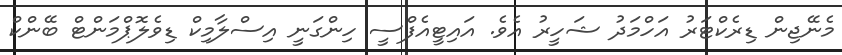
މެނޭޖިން ޑިރެކްޓަރު އަހްމަދު ޝަހީރު އެވެ. އައިޓީއެފްސީ ހިންގަނީ އިސްލާމިކް ޑިވެލޮޕްމަންޓް ބޭންކް